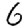
Digit: 6